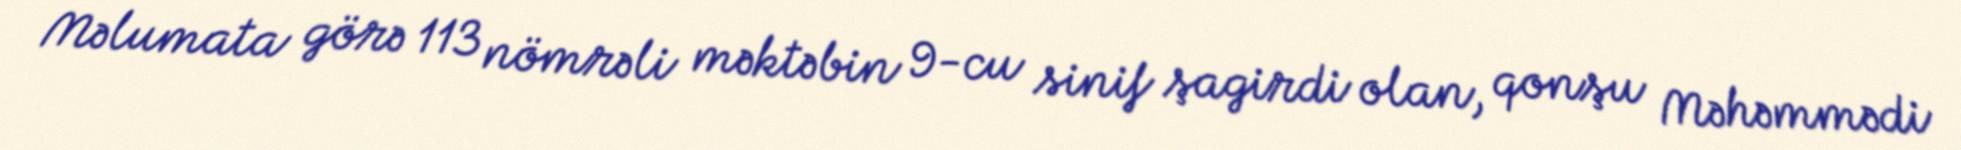
Məlumata görə 113 nömrəli məktəbin 9-cu sinif şagirdi olan, qonşu Məhəmmədi